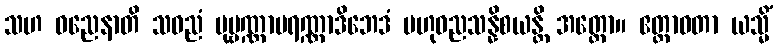
သဟ ဓညေနာတိ သဓညံ ပုဗ္ဗဏ္ဏာပရဏ္ဏာဒိဘေဒံ ဗဟုဓညသန္နိစယန္တိ အတ္ထော။ ဧတ္တာဝတာ ယသ္မိံ